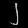
Digit: ၂